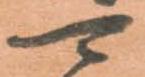
可